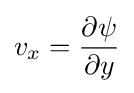
v_{x}={\frac {\partial \psi }{\partial y}}